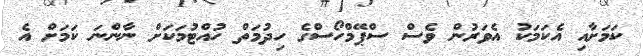
ކަމަށާއި އެކަމަކު އެވަރުން ވެސް ސްޕޭމްހޯސްގެ ހިދުމަތް ހުއްޓުމަކަށް ނާންނަ ކަމަށް އެ